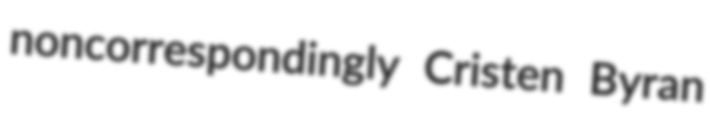
noncorrespondingly Cristen Byran